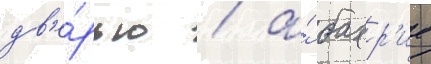
дв'е́рью / а́ бахр'ие